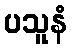
ပသူနံ